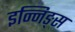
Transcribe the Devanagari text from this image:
इन्निङ्स